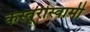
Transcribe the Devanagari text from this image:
कस्तूरीस्वामी